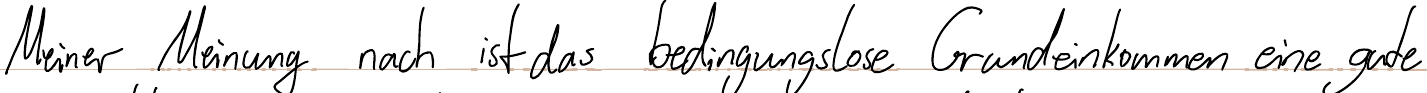
Meiner Meinung nach ist das bedingungslose Grundeinkommen eine gute